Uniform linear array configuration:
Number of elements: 12
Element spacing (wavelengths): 0.75
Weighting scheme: uniform
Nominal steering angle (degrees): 15
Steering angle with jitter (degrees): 16.47
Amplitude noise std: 0.05
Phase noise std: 0.05

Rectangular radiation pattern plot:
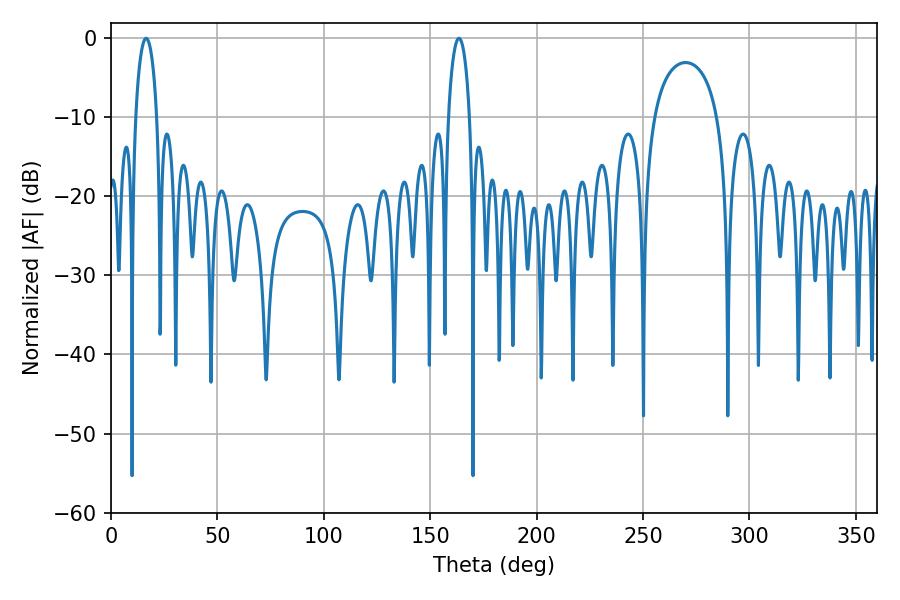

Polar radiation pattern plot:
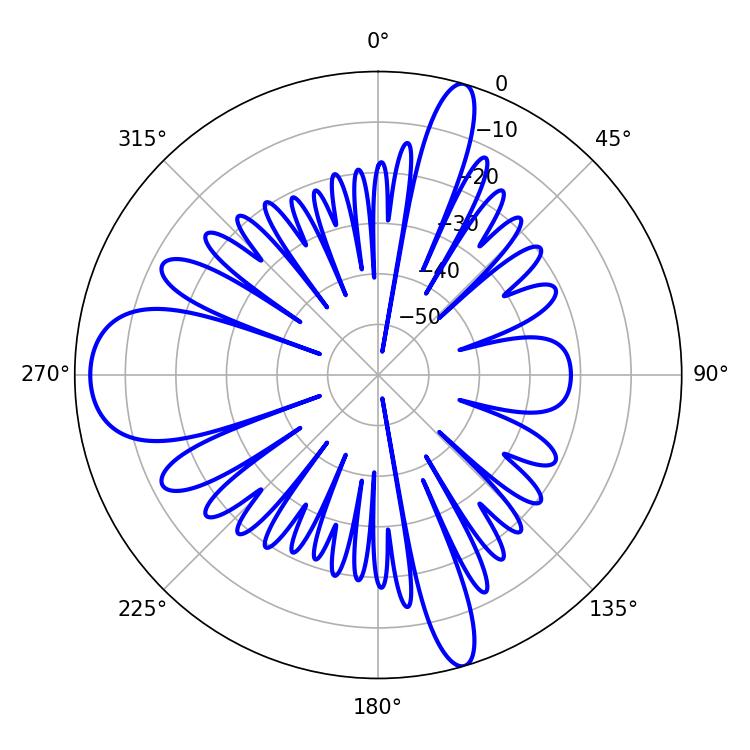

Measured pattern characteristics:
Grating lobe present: TRUE
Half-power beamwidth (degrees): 5.76
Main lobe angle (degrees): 16.56